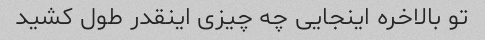
تو بالاخره اینجایی چه چیزی اینقدر طول کشید